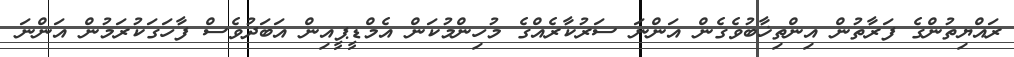
ރައްޔިތުންގެ ފަރާތުން އިންތިޚާބުވެގެން އަންނަ ސަރުކާރެއްގެ މުހިންމުކަން އެމްޑީޕީއިން އަބަދުވެސް ފާހަގަކުރަމުން އަންނަ